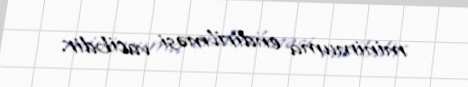
minimuma endirilməsi vacibdir.